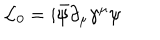
{ \cal L } _ { 0 } = i \bar { \psi } \partial _ { \mu } \gamma ^ { \mu } \psi